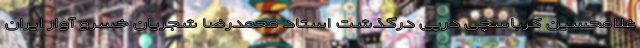
غلامحسین کرباسچی درپی درگذشت استاد محمدرضا شجریان خسرو آواز ایران